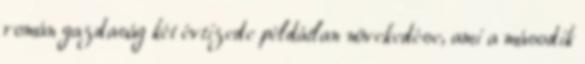
román gazdaság két évtizede példátlan növekedése, ami a második